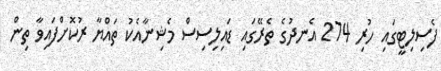
ފެސިލިޓީގައި ހުރި 274 އެނދުގެ ތެރޭގައި ޑައިލިސިސް މެޝިނާއެކު ތައްޔާ ރުކޮށްފައިވާ ތިން